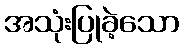
အသုံးပြုခဲ့သော